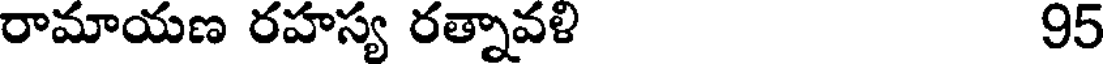
రామాయణ రహస్య రత్నావళి 95